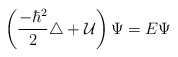
\begin{align*}\left({-\hbar^2\over 2}\triangle + {\cal U}\right)\Psi = E \Psi\end{align*}